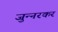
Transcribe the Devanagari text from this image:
जुन्‍नरकर